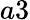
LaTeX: a3